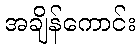
အချိန်ကောင်း